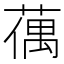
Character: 𦸲